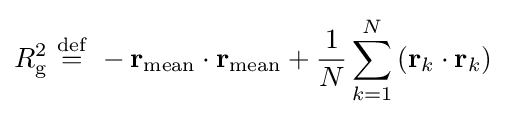
R_{\mathrm {g} }^{2}\ {\stackrel {\mathrm {def} }{=}}\ -\mathbf {r} _{\mathrm {mean} }\cdot \mathbf {r} _{\mathrm {mean} }+{\frac {1}{N}}\sum _{k=1}^{N}\left(\mathbf {r} _{k}\cdot \mathbf {r} _{k}\right)